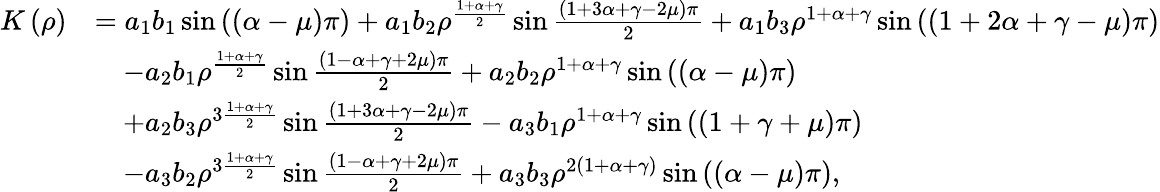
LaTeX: \begin{array}{rl}{K\left(\rho\right)}&{=a_{1}b_{1}\sin\left(\left(\alpha-\mu\right)\pi\right)+a_{1}b_{2}\rho^{\frac{1+\alpha+\gamma}{2}}\sin\frac{\left(1+3\alpha+\gamma-2\mu\right)\pi}{2}+a_{1}b_{3}\rho^{1+\alpha+\gamma}\sin\left(\left(1+2\alpha+\gamma-\mu\right)\pi\right)}\\ &{\quad-a_{2}b_{1}\rho^{\frac{1+\alpha+\gamma}{2}}\sin\frac{\left(1-\alpha+\gamma+2\mu\right)\pi}{2}+a_{2}b_{2}\rho^{1+\alpha+\gamma}\sin\left(\left(\alpha-\mu\right)\pi\right)}\\ &{\quad+a_{2}b_{3}\rho^{3\frac{1+\alpha+\gamma}{2}}\sin\frac{\left(1+3\alpha+\gamma-2\mu\right)\pi}{2}-a_{3}b_{1}\rho^{1+\alpha+\gamma}\sin\left(\left(1+\gamma+\mu\right)\pi\right)}\\ &{\quad-a_{3}b_{2}\rho^{3\frac{1+\alpha+\gamma}{2}}\sin\frac{\left(1-\alpha+\gamma+2\mu\right)\pi}{2}+a_{3}b_{3}\rho^{2\left(1+\alpha+\gamma\right)}\sin\left(\left(\alpha-\mu\right)\pi\right),}\end{array}